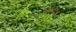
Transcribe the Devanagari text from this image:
१३७५६५५